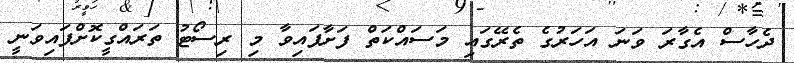
ދެހާސް އެގާރަ ވަނަ އަހަރުގެ ތެރޭގައި މަސައްކަތް ފަށާފައިވާ މި ރިސޯޓު ތަރައްގީކޮށްފައިވަނީ